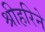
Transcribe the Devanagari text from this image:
श्रीहरिने